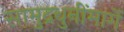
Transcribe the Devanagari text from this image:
सामुद्रधुनींमार्गे